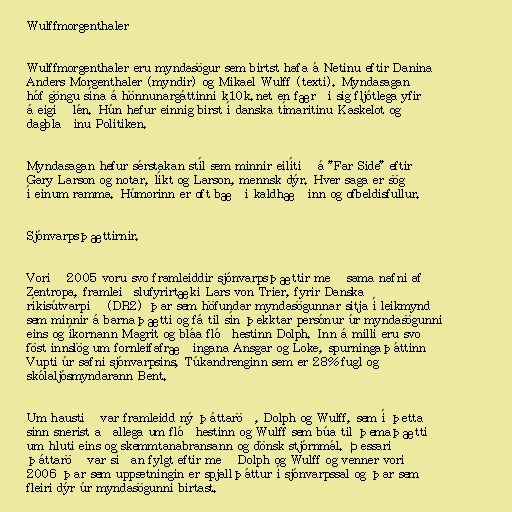
Wulffmorgenthaler

Wulffmorgenthaler eru myndasögur sem birtst hafa á Netinu eftir Danina
Anders Morgenthaler (myndir) og Mikael Wulff (texti). Myndasagan
hóf göngu sína á hönnunargáttinni k10k.net en færði sig fljótlega yfir
á eigið lén. Hún hefur einnig birst í danska tímaritinu Kaskelot og
dagblaðinu Politiken.

Myndasagan hefur sérstakan stíl sem minnir eilítið á "Far Side" eftir
Gary Larson og notar, líkt og Larson, mennsk dýr. Hver saga er sögð
í einum ramma. Húmorinn er oft bæði kaldhæðinn og ofbeldisfullur.

Sjónvarpsþættirnir.

Vorið 2005 voru svo framleiddir sjónvarpsþættir með sama nafni af
Zentropa, framleiðslufyrirtæki Lars von Trier, fyrir Danska
ríkisútvarpið (DR2) þar sem höfundar myndasögunnar sitja í leikmynd
sem minnir á barnaþætti og fá til sín þekktar persónur úr myndasögunni
eins og íkornann Magrit og bláa flóðhestinn Dolph. Inn á milli eru svo
föst innslög um fornleifafræðingana Ansgar og Loke, spurningaþáttinn
Vupti úr safni sjónvarpsins, Túkandrenginn sem er 28% fugl og
skólaljósmyndarann Bent.

Um haustið var framleidd ný þáttaröð, Dolph og Wulff, sem í þetta
sinn snerist aðallega um flóðhestinn og Wulff sem búa til þemaþætti
um hluti eins og skemmtanabransann og dönsk stjórnmál. Þessari
þáttaröð var síðan fylgt eftir með Dolph og Wulff og venner vorið
2006 þar sem uppsetningin er spjallþáttur í sjónvarpssal og þar sem
fleiri dýr úr myndasögunni birtast.